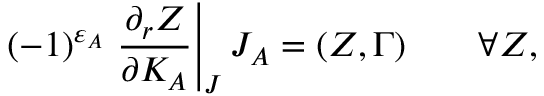
( - 1 ) ^ { \varepsilon _ { A } } \left. { \frac { \partial _ { r } Z } { \partial K _ { A } } } \right| _ { J } J _ { A } = ( Z , \Gamma ) \quad \quad \forall Z ,